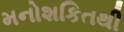
મનોશકિતથી